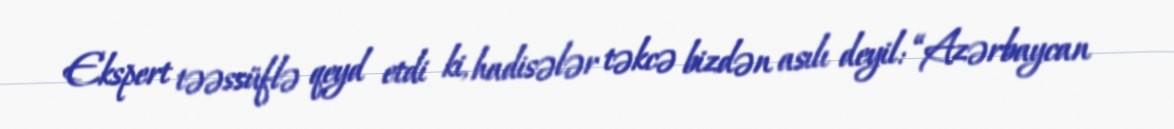
Ekspert təəssüflə qeyd etdi ki, hadisələr təkcə bizdən asılı deyil: “Azərbaycan